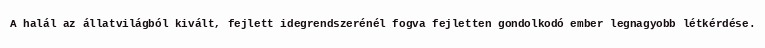
A halál az állatvilágból kivált, fejlett idegrendszerénél fogva fejletten gondolkodó ember legnagyobb létkérdése.